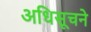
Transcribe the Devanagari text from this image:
अधिसूचने